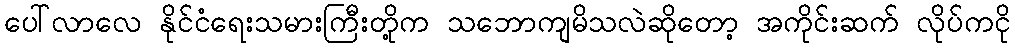
ပေါ်လာလေ နိုင်ငံရေးသမားကြီးတို့က သဘောကျမိသလဲဆိုတော့ အကိုင်းဆက် လိုပ်ကငို